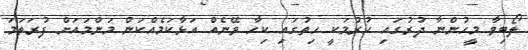
ލޯބިވާ މީހުންނާ ދުރުގައި ހުރުމަކީ ހިތުގައި ކިހާ ވޭނެއް އަޅާކަމެއްކަން މަންމައަށް ފުރަތަމަ